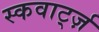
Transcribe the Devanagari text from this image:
स्कवार्ट्ज़